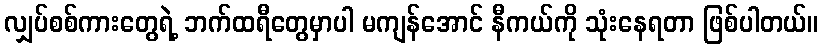
လျှပ်စစ်ကားတွေရဲ့ ဘက်ထရီတွေမှာပါ မကျန်အောင် နီကယ်ကို သုံးနေရတာ ဖြစ်ပါတယ်။